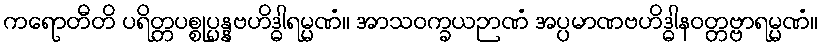
ကရောတီတိ ပရိတ္တပစ္စုပ္ပန္နဗဟိဒ္ဓါရမ္မဏံ။ အာသဝက္ခယဉာဏံ အပ္ပမာဏဗဟိဒ္ဓါနဝတ္တဗ္ဗာရမ္မဏံ။